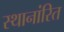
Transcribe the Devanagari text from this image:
स्थानांरित